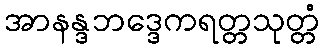
အာနန္ဒဘဒ္ဒေကရတ္တသုတ္တံ